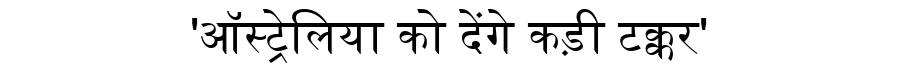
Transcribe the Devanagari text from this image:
'ऑस्ट्रेलिया को देंगे कड़ी टक्कर'